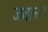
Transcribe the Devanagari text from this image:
जवाला